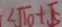
< \sqrt { 1 0 } + \sqrt { 5 }